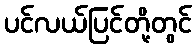
ပင်လယ်ပြင်တို့တွင်